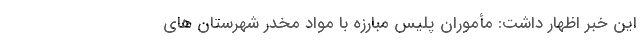
این خبر‌ اظهار داشت: مأموران پلیس مبارزه با مواد مخدر شهرستان های